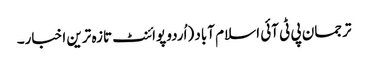
ترجمان پی ٹی آئی اسلام آباد (اُردو پوائنٹ تازہ ترین اخبار۔